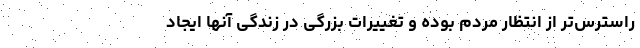
راسترس‌تر از انتظار مردم بوده و تغییرات بزرگی در زندگی آنها ایجاد